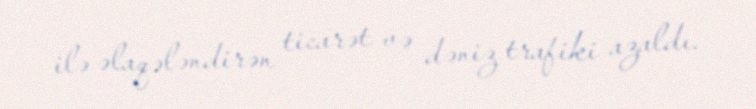
ilə əlaqələndirən ticarət və dəniz trafiki azaldı.